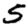
Digit: 5